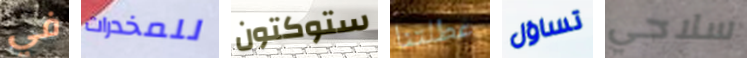
في للمخدرات ستوكتون عطلتنا تساؤل سلاحي